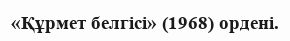
«Құрмет белгісі» (1968) ордені.